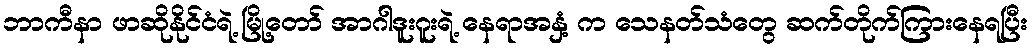
ဘာကီနာ ဖာဆိုနိုင်ငံရဲ့ မြို့တော် အာဂါဒူးဂူးရဲ့ နေရာအနှံ့ က သေနတ်သံတွေ ဆက်တိုက်ကြားနေရပြီး